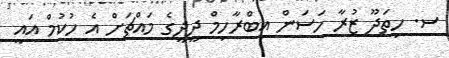
ސ. ހިތަދޫ ޒުރާ ހަސަން އިބްރާހިމް ދީދީގެ މައްޗަށް އެ ހުކުމް އައީ